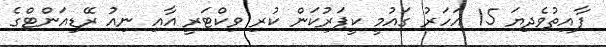
ފާއިތުވެދިޔަ 15 އަހަރު ގައުމީ ކީޕަރުކަން ކުރި ވިކްޓަރީ އާއި ނިއު ރޭޑިއަންޓްގެ